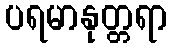
ပရမာနုတ္တရာ